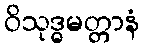
ဝိသုဒ္ဓမတ္တာနံ